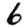
Digit: 6